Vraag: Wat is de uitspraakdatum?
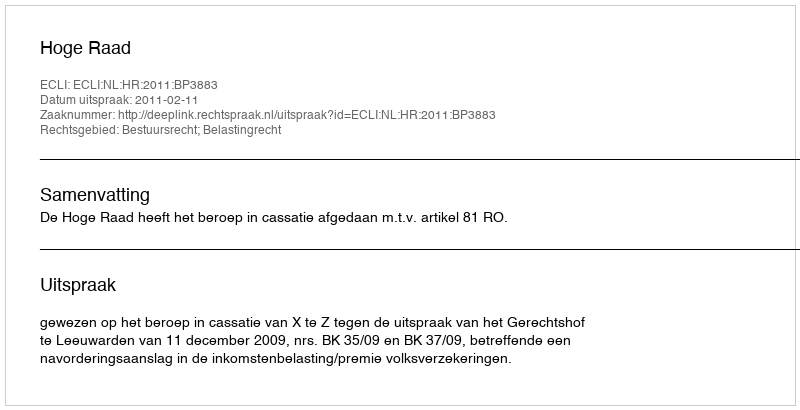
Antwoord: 2011-02-11